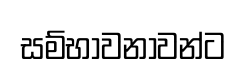
සම්භාවනාවන්ට